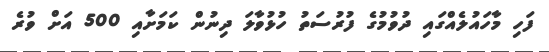
ފަހި މާހައުލެއްގައި ދުވުމުގެ ފުރުސަތު ހުޅުވާލަ ދިނުން ކަމަށާއި 500 އަށް ވުރެ